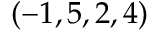
( - 1 , 5 , 2 , 4 )